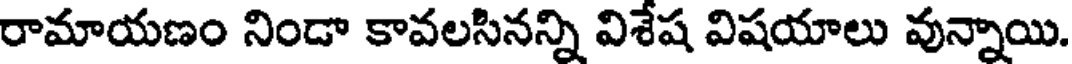
రామాయణం నిండా కావలసినన్ని విశేష విషయాలు వున్నాయి